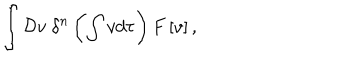
\int { \cal D } v \; \delta ^ { n } \left( \int v d \tau \right) F \left[ v \right] ,